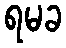
ရမခ